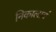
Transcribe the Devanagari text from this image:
निकालावं